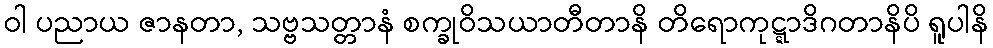
ဝါ ပညာယ ဇာနတာ, သဗ္ဗသတ္တာနံ စက္ခုဝိသယာတီတာနိ တိရောကုဋ္ဋာဒိဂတာနိပိ ရူပါနိ